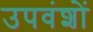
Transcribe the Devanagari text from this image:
उपवंशों